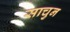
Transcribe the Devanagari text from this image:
साचुन